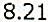
8.21